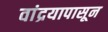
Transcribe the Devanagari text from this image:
वांद्रयापासून